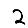
Digit: 2